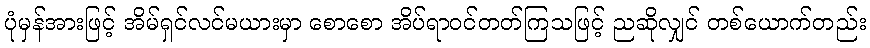
ပုံမှန်အားဖြင့် အိမ်ရှင်လင်မယားမှာ စောစော အိပ်ရာဝင်တတ်ကြသဖြင့် ညဆိုလျှင် တစ်ယောက်တည်း